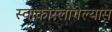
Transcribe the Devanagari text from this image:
स्वाकारलागेल्यास